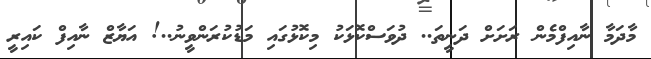
މާދަމާ ނާއިފްމެން ރަށަށް ދަނީތަ.. ދުވަސްކޮޅަކު މިކޮޅުގައި މަޑުކުރަންވީނު..! އަޔާޒް ނާއިފް ކައިރީ